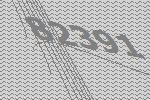
82391